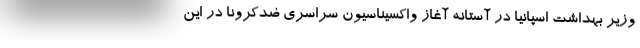
وزیر بهداشت اسپانیا در آستانه آغاز واکسیناسیون سراسری ضدکرونا در این